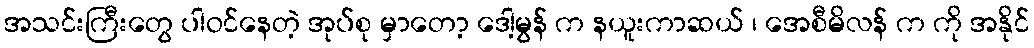
အသင်းကြီးတွေ ပါဝင်နေတဲ့ အုပ်စု မှာတော့ ဒေါ့မွန် က နယူးကာဆယ် ၊ အေစီမိလန် က ကို အနိုင်